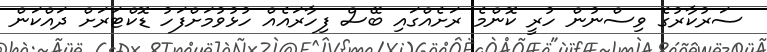
ސަރުކާރުގެ ވިސްނުން ހުރީ ކޮންމެ ރަށެއްގައި ބޭސް ފިހާރައެއް ހުޅުވުމަށްފަހު ޑޮކްޓަރަށް ދައްކަން